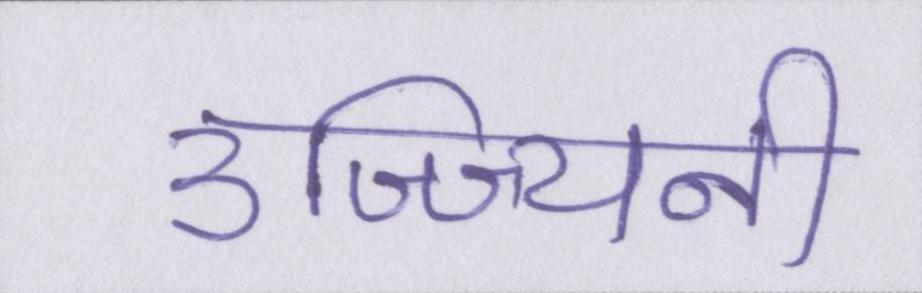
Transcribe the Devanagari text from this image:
उज्ज्यिनी